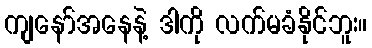
ကျနော်အနေနဲ့ ဒါကို လက်မခံနိုင်ဘူး။